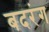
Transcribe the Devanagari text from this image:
बदरंग